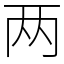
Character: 两